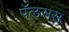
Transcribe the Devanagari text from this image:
पॅलसस